Report of the Municipal Commissioner on the plague in Bombay for the year ending 31st May... - Volume 1
Disease focus: Plague
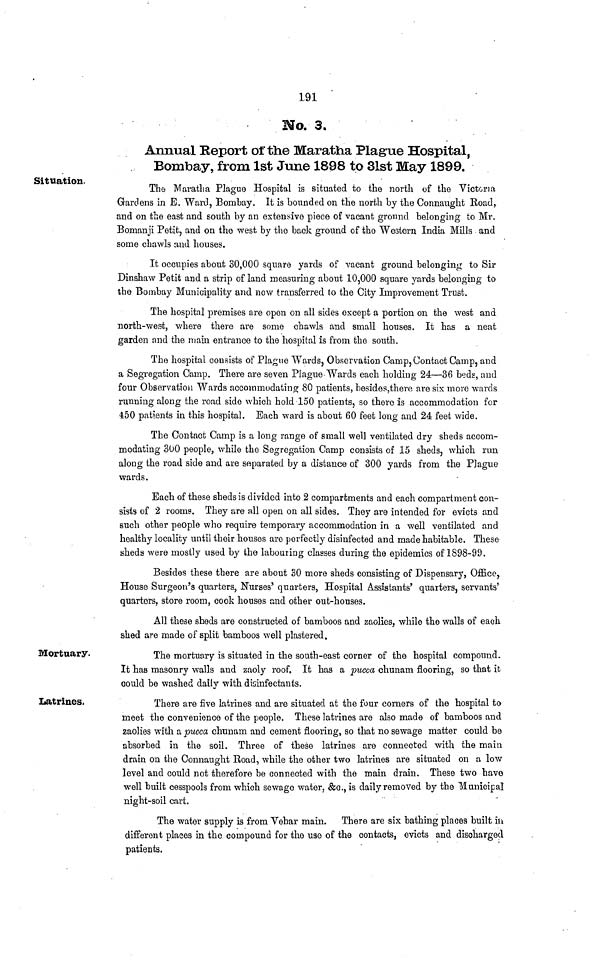
191
No. 3.
Annual Report of the Maratha Plague Hospital,
Bombay, from 1st June 1898 to 31st May 1899.
Situation.
The Maratlia Plague Hospital is situated to the north of the Victoria
Gardens in E. Ward, Bombay. It is bounded on the north by the Connaught Eoad,
and on the east and south by an extensive piece of vacant ground belonging to Mr.
Bomanji Petit, and on the west by the back ground of the Western India Mills and
some chawls and houses.
It occupies about 30,000 square yards of vacant ground belonging to Sir
Dinshaw Petit and a strip of land measuring about 10,000 square yards belonging to
the Bombay Municipality and now transferred to the City Improvement Trust.
The hospital premises are open on all sides except a portion on the west and
north-west, where there are some chawls and small houses. It has a neat
garden and the main entrance to the hospital is from the south.
The hospital consists of Plague Wards, Observation Camp, Contact Camp, and
a Segregation Camp. There are seven Plague'Wards each holding 24—36 beds, and
four Observation Wards accommodating 80 patients, besides,there are six more wards
running along the road side which hold 150 patients, so there is accommodation for
•450 patients in this hospital. Each ward is about 60 feet long and 24 feet wide.
The Contact Camp is a long range of small well ventilated dry sheds accom-
modating 300 people, while the Segregation Camp consists of 15 sheds, which run
along the road side and are separated by a distance of 300 yards from the Plague
wards.
Each of these sheds is divided into 2 compartments and each compartment con-
sists of 2 rooms. They are all open on all sides. They are intended for evicts and
such other people who require temporary accommodation in a well ventilated and
healthy locality until their houses are perfectly disinfected and made habitable. These
sheds were mostly used by the labouring classes during the epidemics of 1898-99.
Besides these there are about 30 more sheds consisting of Dispensary, Office,
House Surgeon's quarters, Nurses' quarters, Hospital Assistants' quarters, servants'
quarters, store room, cook houses and other out-houses.
All these sheds are constructed of bamboos and zaolies, while the walls of each
shed are made of split bamboos well plastered.
Mortuary.
The mortuary is situated in the south-east corner of the hospital compound.
It has masonry walls and zaoly roof. It has a pucca chunam flooring, so that it
could be washed daily with disinfectants.
Latrines.
There are five latrines and are situated at the four corners of the hospital to
meet the convenience of the people. These latrines are also made of bamboos and
zaolies with a pucca chtmam and cement flooring, so that no sewage matter could be
absorbed in the soil. Three of these latrines are connected with the main
drain on the Connaught Eoad, while the other two latrines are situated on a low
level and could not therefore be connected with the main drain. These two have
well built cesspools from which sewage water, &c., is daily removed by the Municipal
night-soil cart.
The water supply is from Vehar main. There are six bathing places built m
different places in the compound for the use of the contacts, evicts and discharged
patients.